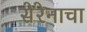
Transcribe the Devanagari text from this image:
सेरेनाचा